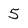
Character: 5